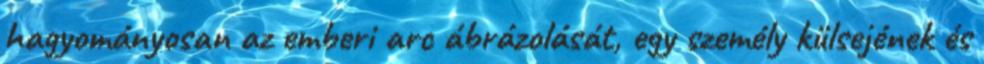
hagyományosan az emberi arc ábrázolását, egy személy külsejének és